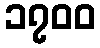
၁၇၀၀